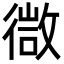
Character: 㣲